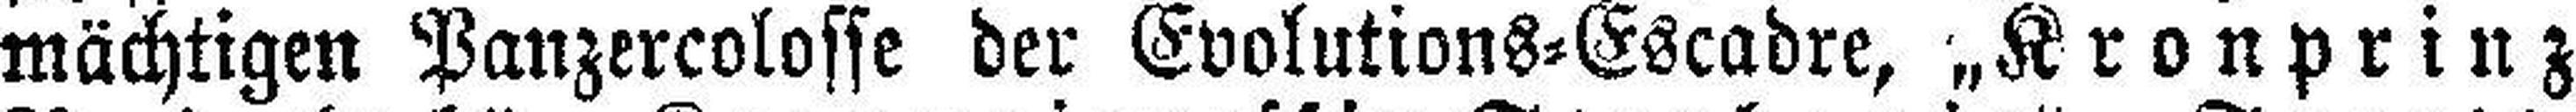
mächtigen Panzercolosse der Evolutions=Escadre, „Kronprinz